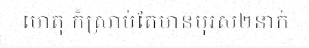
ហេតុ ក៏ស្រាប់តែមានបុរស២នាក់